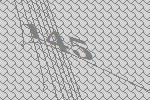
145